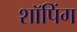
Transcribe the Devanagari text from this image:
शाॅपिंग